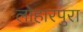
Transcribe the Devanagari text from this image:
लोहारपुरा